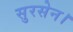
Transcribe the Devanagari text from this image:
सुरसेन।